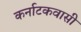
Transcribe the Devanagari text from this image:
कर्नाटकवासी